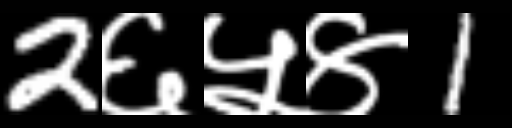
Text: 2६५४1